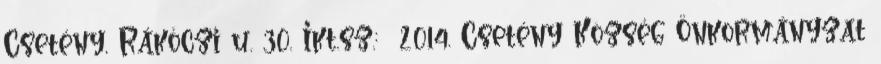
Csetény, Rákóczi u. 30. Ikt.sz.: 2014. Csetény Község Önkormányzat